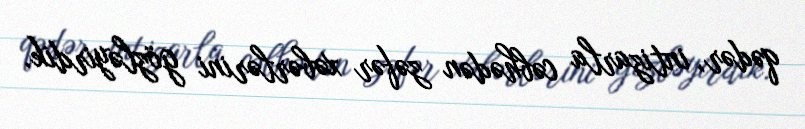
qədər, intizarla cəbhədən zəfər xəbərlərini gözləyirdik.